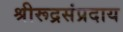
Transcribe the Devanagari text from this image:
श्रीरूद्रसंप्रदाय